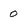
Character: 0